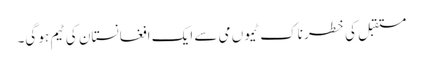
مستقبل کی خطر ناک ٹیموں می سے ایک افغانستان کی ٹیم ہو گی۔